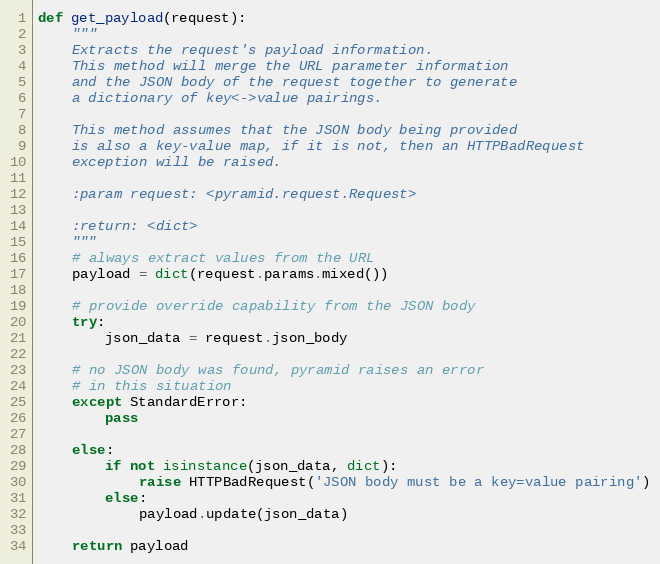
Language: Python
def get_payload(request):
    """
    Extracts the request's payload information.
    This method will merge the URL parameter information
    and the JSON body of the request together to generate
    a dictionary of key<->value pairings.

    This method assumes that the JSON body being provided
    is also a key-value map, if it is not, then an HTTPBadRequest
    exception will be raised.

    :param request: <pyramid.request.Request>

    :return: <dict>
    """
    # always extract values from the URL
    payload = dict(request.params.mixed())

    # provide override capability from the JSON body
    try:
        json_data = request.json_body

    # no JSON body was found, pyramid raises an error
    # in this situation
    except StandardError:
        pass

    else:
        if not isinstance(json_data, dict):
            raise HTTPBadRequest('JSON body must be a key=value pairing')
        else:
            payload.update(json_data)

    return payload